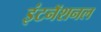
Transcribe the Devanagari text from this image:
इंटनॅशनल